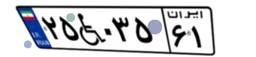
۲۵W۰۳۵۶۱